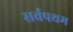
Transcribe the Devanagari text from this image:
सर्वपथम